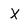
Character: X